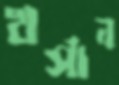
খর্সান